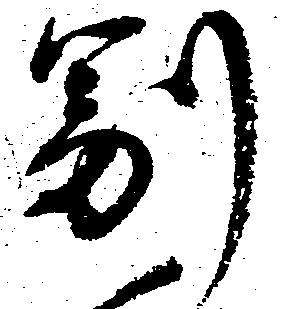
副